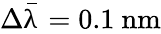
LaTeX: \Delta{\bar{\uplambda}}=0.1\ \mathrm{nm}